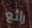
رائع